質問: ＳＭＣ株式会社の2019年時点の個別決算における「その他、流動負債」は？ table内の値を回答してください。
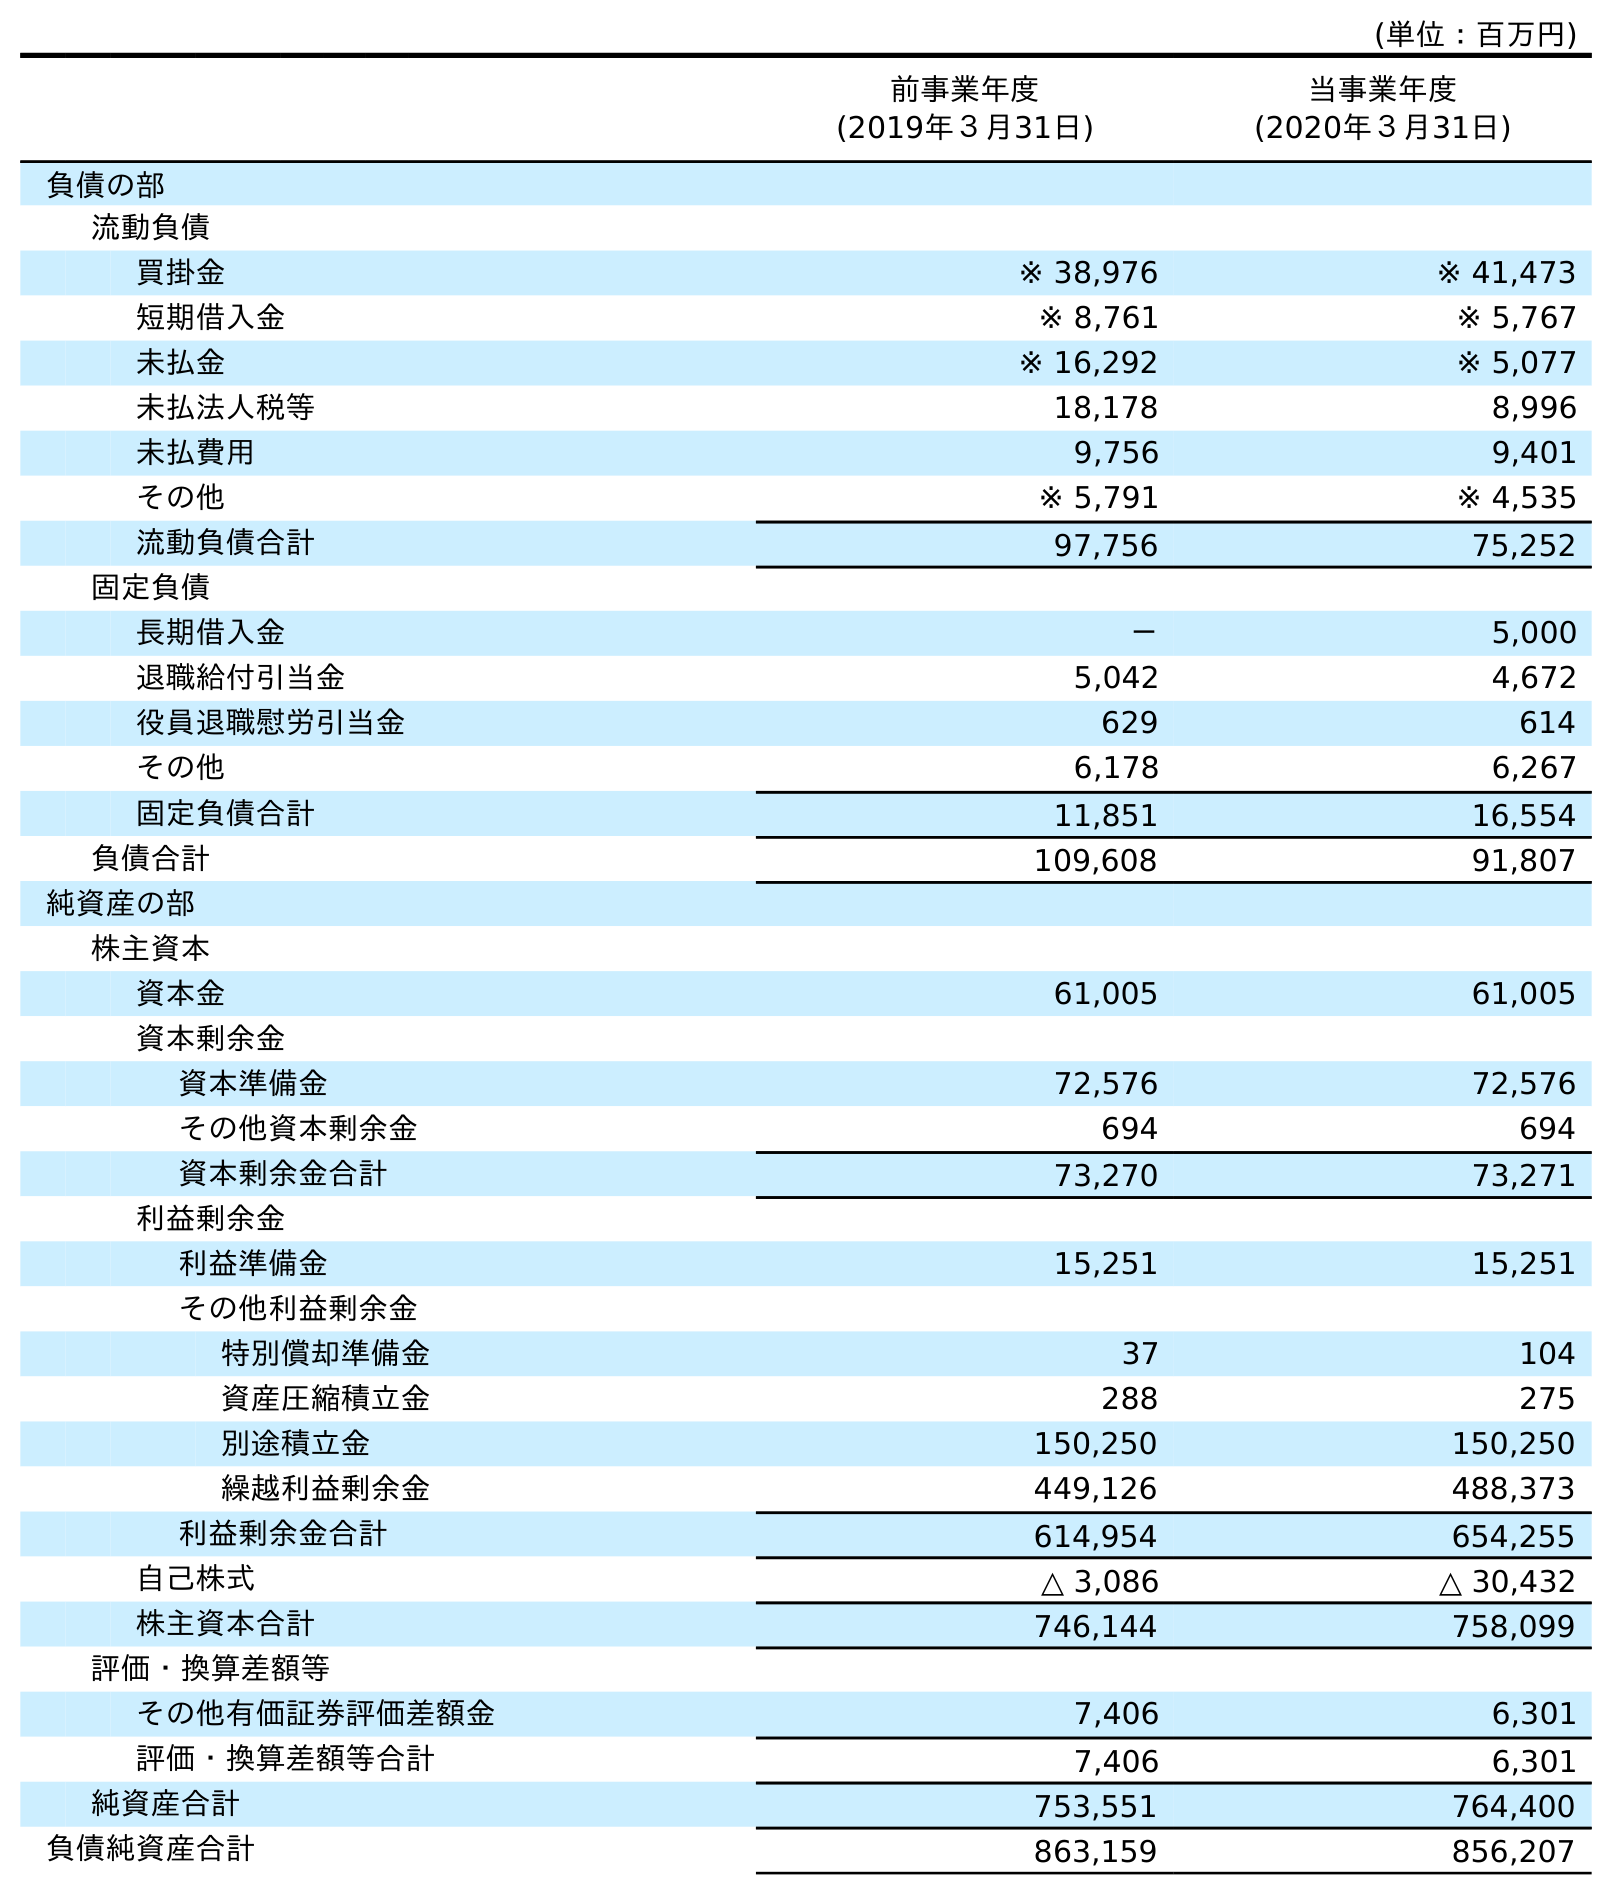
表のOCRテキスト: (単位：百万円) 前事業年度 (2019年３月31日) 当事業年度 (2020年３月31日) 負債の部 流動負債 買掛金 ※ 38,976 ※ 41,473 短期借入金 ※ 8,761 ※ 5,767 未払金 ※ 16,292 ※ 5,077 未払法人税等 18,178 8,996 未払費用 9,756 9,401 その他 ※ 5,791 ※ 4,535 流動負債合計 97,756 75,252 固定負債 長期借入金 － 5,000 退職給付引当金 5,042 4,672 役員退職慰労引当金 629 614 その他 6,178 6,267 固定負債合計 11,851 16,554 負債合計 109,608 91,807 純資産の部 株主資本 資本金 61,005 61,005 資本剰余金 資本準備金 72,576 72,576 その他資本剰余金 694 694 資本剰余金合計 73,270 73,271 利益剰余金 利益準備金 15,251 15,251 その他利益剰余金 特別償却準備金 37 104 資産圧縮積立金 288 275 別途積立金 150,250 150,250 繰越利益剰余金 449,126 488,373 利益剰余金合計 614,954 654,255 自己株式 △ 3,086 △ 30,432 株主資本合計 746,144 758,099 評価・換算差額等 その他有価証券評価差額金 7,406 6,301 評価・換算差額等合計 7,406 6,301 純資産合計 753,551 764,400 負債純資産合計 863,159 856,207
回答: ※5,791